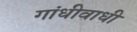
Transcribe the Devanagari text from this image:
गांधीवाधी